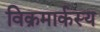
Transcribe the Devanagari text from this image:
विक्रमार्कस्य